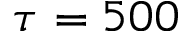
\tau = 5 0 0